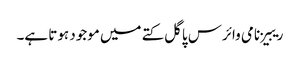
ریبیز نامی وائرس پاگل کتے میں موجود ہوتا ہے۔